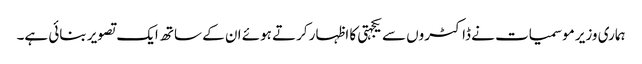
ہماری وزیر موسمیات نے ڈاکٹروں سے یکجہتی کا اظہار کرتے ہوئے ان کے ساتھ ایک تصویر بنائی ہے۔